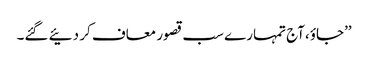
’’جاؤ،آج تمہارے سب قصور معاف کر دئیے گئے۔